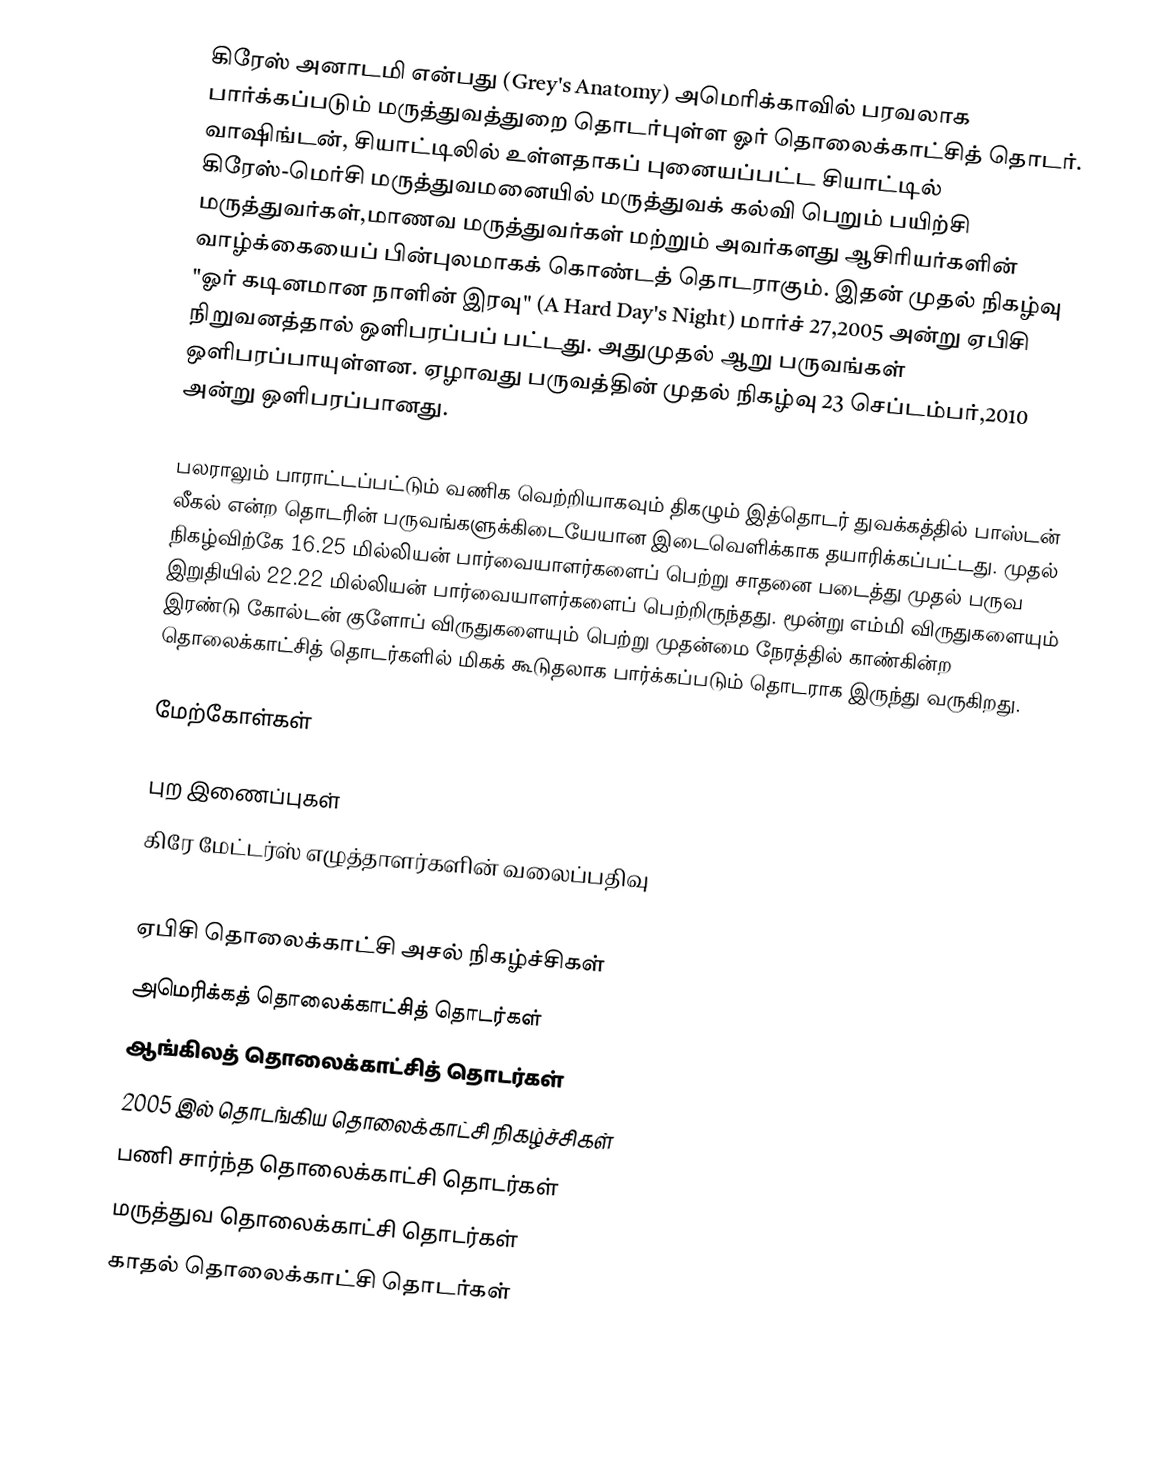
கிரேஸ் அனாடமி என்பது (Grey's Anatomy) அமெரிக்காவில் பரவலாக பார்க்கப்படும் மருத்துவத்துறை தொடர்புள்ள ஓர் தொலைக்காட்சித் தொடர். வாஷிங்டன், சியாட்டிலில் உள்ளதாகப் புனையப்பட்ட சியாட்டில் கிரேஸ்-மெர்சி மருத்துவமனையில் மருத்துவக் கல்வி பெறும்  பயிற்சி மருத்துவர்கள்,மாணவ மருத்துவர்கள் மற்றும் அவர்களது ஆசிரியர்களின் வாழ்க்கையைப் பின்புலமாகக் கொண்டத் தொடராகும். இதன் முதல் நிகழ்வு   "ஓர் கடினமான நாளின் இரவு" (A Hard Day's Night) மார்ச் 27,2005 அன்று ஏபிசி நிறுவனத்தால் ஒளிபரப்பப் பட்டது. அதுமுதல் ஆறு பருவங்கள் ஒளிபரப்பாயுள்ளன. ஏழாவது பருவத்தின் முதல் நிகழ்வு 23 செப்டம்பர்,2010 அன்று ஒளிபரப்பானது.

பலராலும் பாராட்டப்பட்டும் வணிக வெற்றியாகவும் திகழும் இத்தொடர் துவக்கத்தில் பாஸ்டன் லீகல் என்ற தொடரின் பருவங்களுக்கிடையேயான இடைவெளிக்காக தயாரிக்கப்பட்டது. முதல் நிகழ்விற்கே 16.25 மில்லியன் பார்வையாளர்களைப் பெற்று சாதனை படைத்து முதல் பருவ இறுதியில் 22.22 மில்லியன் பார்வையாளர்களைப் பெற்றிருந்தது. மூன்று எம்மி விருதுகளையும் இரண்டு கோல்டன் குளோப் விருதுகளையும் பெற்று முதன்மை நேரத்தில் காண்கின்ற தொலைக்காட்சித் தொடர்களில் மிகக் கூடுதலாக பார்க்கப்படும் தொடராக இருந்து வருகிறது.

மேற்கோள்கள்

புற இணைப்புகள்
 கிரே மேட்டர்ஸ் எழுத்தாளர்களின் வலைப்பதிவு

ஏபிசி தொலைக்காட்சி அசல் நிகழ்ச்சிகள்
அமெரிக்கத் தொலைக்காட்சித் தொடர்கள்
ஆங்கிலத் தொலைக்காட்சித் தொடர்கள்
2005 இல் தொடங்கிய தொலைக்காட்சி நிகழ்ச்சிகள்
பணி சார்ந்த தொலைக்காட்சி தொடர்கள்
மருத்துவ தொலைக்காட்சி தொடர்கள்
காதல் தொலைக்காட்சி தொடர்கள்